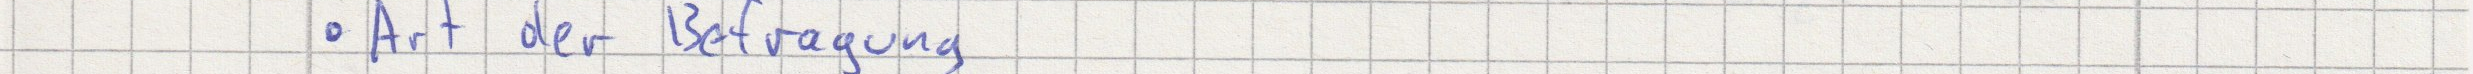
Art der Befragung